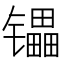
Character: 𰿄